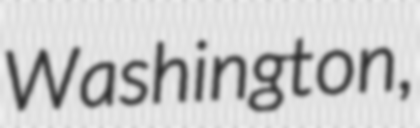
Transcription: Washington,